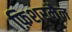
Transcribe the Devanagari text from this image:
फ़िशरमैन